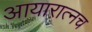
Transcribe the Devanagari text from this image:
आयारात्नच